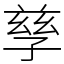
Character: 孳